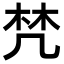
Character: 𣑽